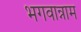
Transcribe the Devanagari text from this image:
भगवान्नाम